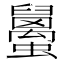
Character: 𧔱